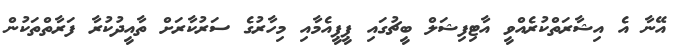
އޭނާ އެ އިޝާރަތްކުރެއްވީ އާޓިފިޝަލް ބީޗުގައި ޕީޕީއެމާއި މިހާރުގެ ސަރުކާރަށް ތާއީދުކުރާ ފަރާތްތަކުން